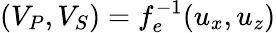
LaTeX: (V_{P},V_{S})=f_{e}^{-1}({u_{x}},{u_{z}})